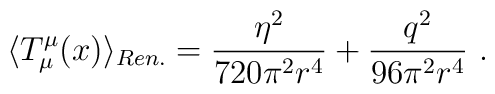
\langle T^\mu_\mu(x)\rangle_{Ren.}=\frac{\eta^2}{720\pi^2 r^4}+\frac{q^2}{96\pi^2 r^4} \ .